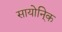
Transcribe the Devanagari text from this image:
सायोनि्क